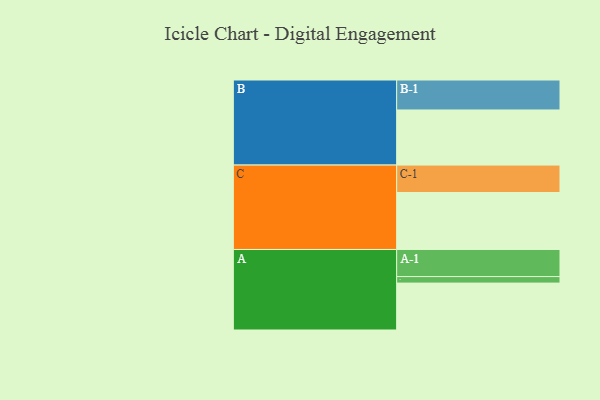
{"axis": {"x": "Segment", "y": "Value"}, "legend": ["", "A", "B", "C"], "data": [{"x": "A", "y": 424, "type": ""}, {"x": "B", "y": 498, "type": ""}, {"x": "C", "y": 515, "type": ""}, {"x": "A-1", "y": 245, "type": "A"}, {"x": "A-2", "y": 59, "type": "A"}, {"x": "B-1", "y": 271, "type": "B"}, {"x": "C-1", "y": 248, "type": "C"}]}